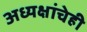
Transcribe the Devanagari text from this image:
अध्यक्षांचेही